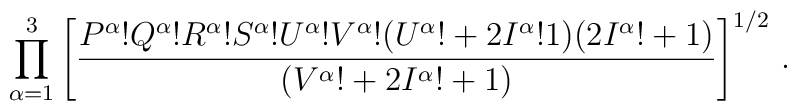
\prod_{\alpha=1}^3\left [ {\frac{P^\alpha !Q^\alpha !R^\alpha !S^\alpha!U^\alpha !V^\alpha !(U^\alpha !+2I^\alpha !1)(2I^\alpha !+1)}{(V^\alpha !+2I^\alpha !+1)}}\right ]^{1/2}\, .